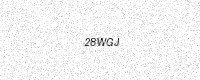
Text: 28WGJ